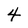
Character: 4